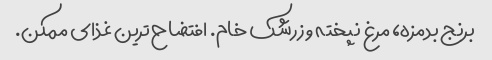
برنج بدمزه، مرغ نپخته و زرشک خام. افتضاح‌ترین غذای ممکن.